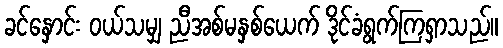
ခင်နှောင်း ဝယ်သမျှ ညီအစ်မနှစ်ယေက် ဒိုင်ခံရွက်ကြရှာသည်။